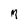
Character: M